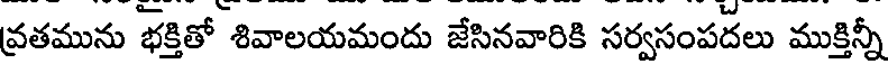
వ్రతమును భక్తితో శివాలయమందు జేసినవారికి సర్వసంపదలు ముక్తిన్నీ